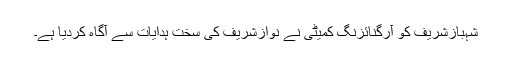
شہبازشریف کو آرگنائزنگ کمیٹی نے نوازشریف کی سخت ہدایات سے آگاہ کردیا ہے۔